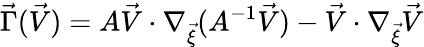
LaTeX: \vec{\Gamma}(\vec{V})=A\vec{V}\cdot\nabla_{\vec{\xi}}(A^{-1}\vec{V})-\vec{V}\cdot\nabla_{\vec{\xi}}\vec{V}